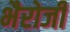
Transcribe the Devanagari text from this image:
भैरोजी